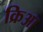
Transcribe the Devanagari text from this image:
क्रिआ